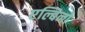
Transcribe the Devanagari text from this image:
एल्बिनो